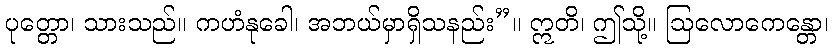
ပုတ္တော၊ သားသည်။ ကဟံနုခေါ၊ အဘယ်မှာရှိသနည်း”။ ဣတိ၊ ဤသို့။ ဩလောကေန္တော၊